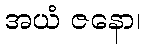
အယံ ဇနော၊